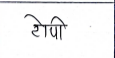
मजकूर: टोपी